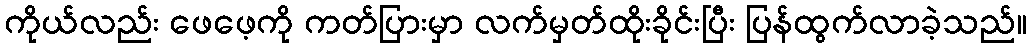
ကိုယ်လည်း ဖေဖေ့ကို ကတ်ပြားမှာ လက်မှတ်ထိုးခိုင်းပြီး ပြန်ထွက်လာခဲ့သည်။